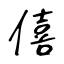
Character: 僖